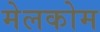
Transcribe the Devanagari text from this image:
मेलकोम